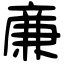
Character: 亷